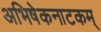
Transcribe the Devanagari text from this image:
अभिषेकनाटकम्